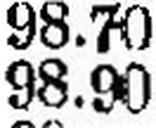
98.90